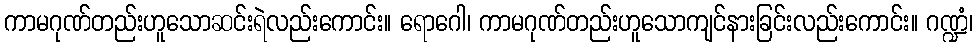
ကာမဂုဏ်တည်းဟူသောဆင်းရဲလည်းကောင်း။ ရောဂေါ၊ ကာမဂုဏ်တည်းဟူသောကျင်နားခြင်းလည်းကောင်း။ ဂဏ္ဍံ၊